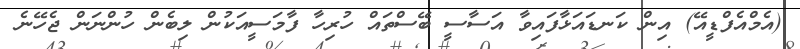
(އެމްއެފްޑީއޭ) އިން ކަނޑައަޅާފައިވާ އަސާސީ ބޭސްތައް ހުރިހާ ފާމަސީއަކުން ލިބެން ހުންނަން ޖެހޭނެ